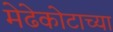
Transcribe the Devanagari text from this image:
मेढेकोटाच्या